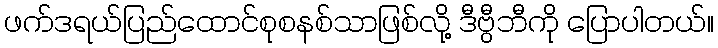
ဖက်ဒရယ်ပြည်ထောင်စုစနစ်သာဖြစ်လို့ ဒီဗွီဘီကို ပြောပါတယ်။